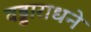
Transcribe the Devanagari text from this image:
वड्डाराधने